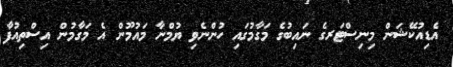
އެޑިއުކޭޝަން މިނިސްޓަރގެ ނައިބުގެ މަގާމުގައި ހުންނެވި ޔުމްނާ މައުމޫން އެ މަގާމުން އިސްތިއުފާ